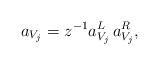
LaTeX: \begin{align*} a_{V_j} = z^{-1} a_{V_j}^L \, a_{V_j}^R,\end{align*}